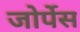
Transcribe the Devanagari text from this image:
जोर्पेस